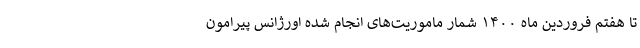
تا هفتم فروردین ماه ۱۴۰۰ شمار ماموریت‌های انجام شده اورژانس پیرامون